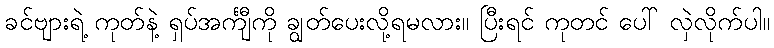
ခင်ဗျားရဲ့ ကုတ်နဲ့ ရှပ်အင်္ကျီကို ချွတ်ပေးလို့ရမလား။ ပြီးရင် ကုတင် ပေါ် လှဲလိုက်ပါ။